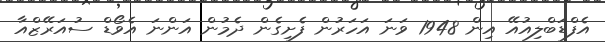
އެފްޑަބްލިއުއޭ އިން 1948 ވަނަ އަހަރުން ފެށިގެން ދެމުން އަންނަ އެވޯޑް ސުއަރޭޒްއާ